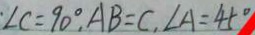
\cdot \angle C = 9 0 ^ { \circ } , A B = C , \angle A = 4 5 ^ { \circ }